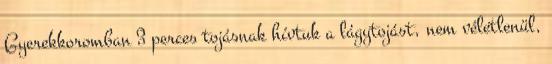
Gyerekkoromban 3 perces tojásnak hívtuk a lágytojást, nem véletlenül,